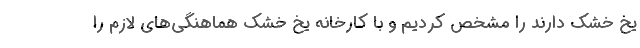
یخ خشک دارند را مشخص کردیم و با کارخانه یخ خشک هماهنگی‌های لازم را